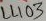
Text: LL103